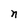
Character: n